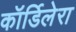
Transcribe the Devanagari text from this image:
कॉर्डिलेरा